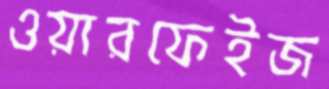
ওয়ারফেইজ